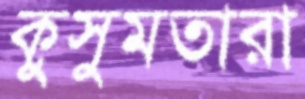
কুসুমতারা